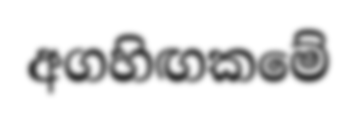
අගහිඟකමේ